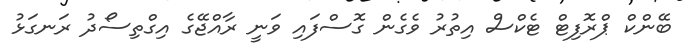
ބޭންކް ޕްރޮފިޓް ޓެކްސް އިތުރު ވެގެން ގޮސްފައި ވަނީ ރާއްޖޭގެ އިގްތިސޯދު ރަނގަޅު